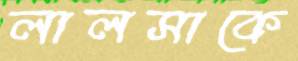
লালসাকে